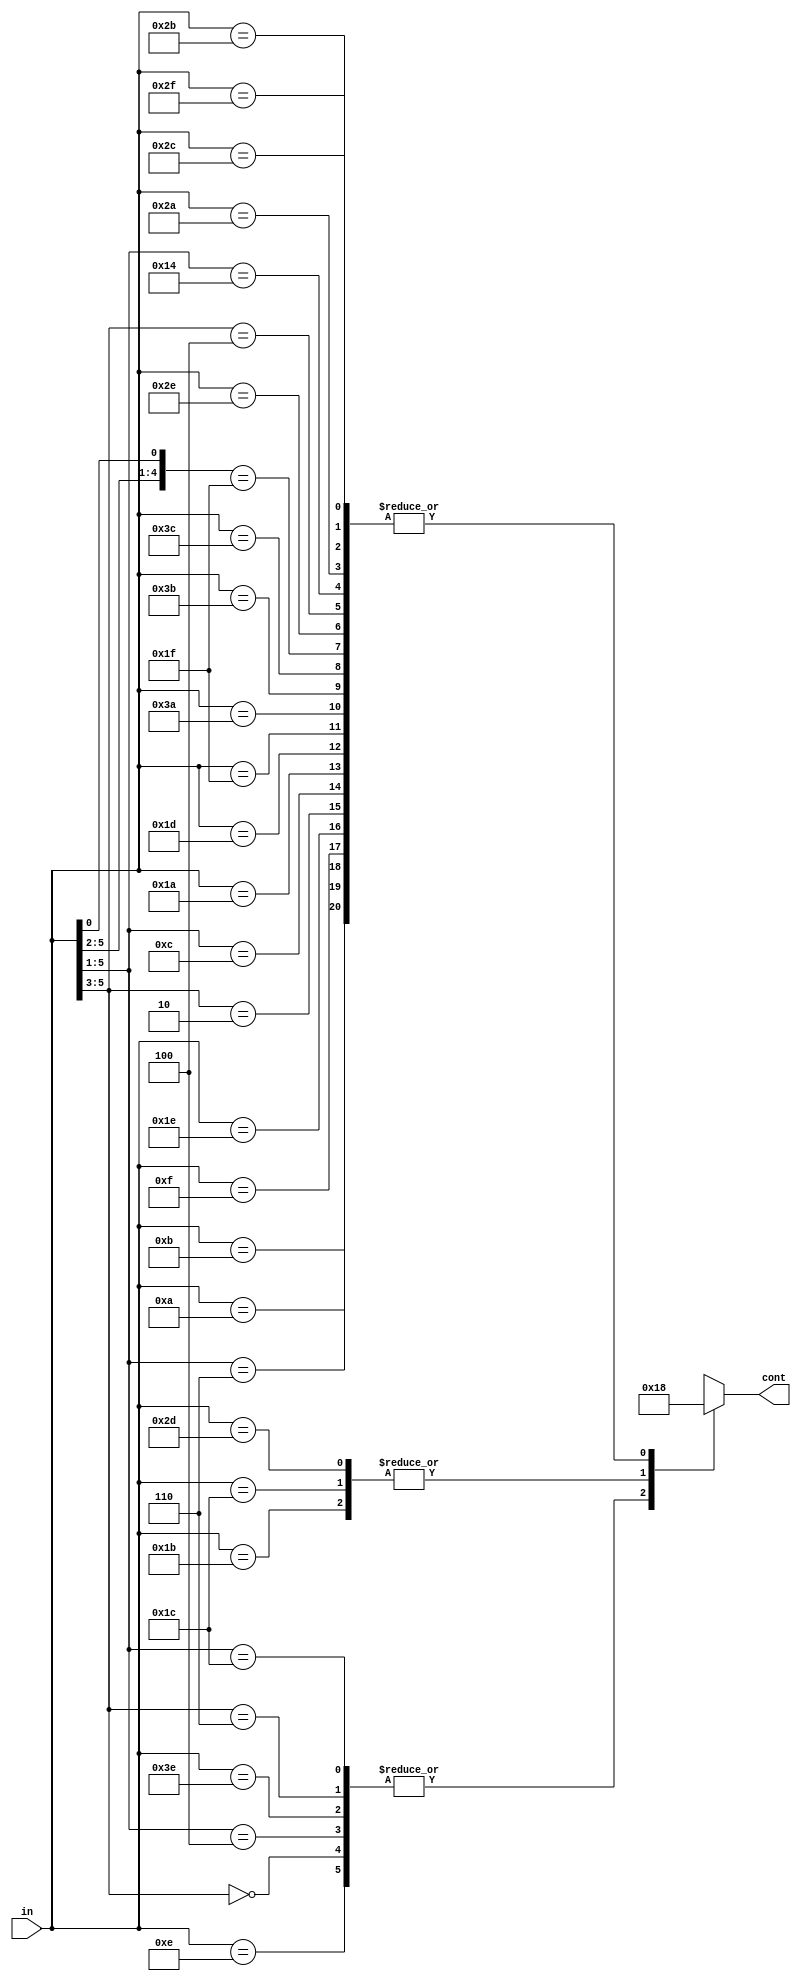
module controle(in,cont);
	input [5:0] in;
	output [1:0] cont;

	always @(*)
	casex (in)
		6'b 001110: cont = 2'b 01;
		6'b 000xxx: cont = 2'b 01;
		6'b 00100x: cont = 2'b 01;
		6'b 001010: cont = 2'b 00;
		6'b 001011: cont = 2'b 00;
		6'b 00110x: cont = 2'b 00;
		6'b 001111: cont = 2'b 00;
		
		6'b 011110: cont = 2'b 00;
		6'b 010xxx: cont = 2'b 00;
		6'b 01100x: cont = 2'b 00;
		6'b 011010: cont = 2'b 00;
		6'b 011011: cont = 2'b 10;
		6'b 011100: cont = 2'b 10;
		6'b 011101: cont = 2'b 00;
		6'b 011111: cont = 2'b 00;
		
		6'b 111110: cont = 2'b 01;
		6'b 110xxx: cont = 2'b 01;
		6'b 11100x: cont = 2'b 01;
		6'b 111010: cont = 2'b 00;
		6'b 111011: cont = 2'b 00;
		6'b 111100: cont = 2'b 00;
		6'b 1111x1: cont = 2'b 00;
		
		6'b 101110: cont = 2'b 00;
		6'b 100xxx: cont = 2'b 00;
		6'b 10100x: cont = 2'b 00;
		6'b 101010: cont = 2'b 00;
		6'b 101011: cont = 2'b 00;
		6'b 101100: cont = 2'b 00;
		6'b 101101: cont = 2'b 10;
		6'b 101111: cont = 2'b 00;

		default: cont = 2'b 00;
	endcase
endmodule